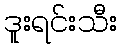
ဒူးရင်းသီး